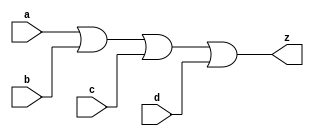
// This program was cloned from: https://github.com/siliconcompiler/lambdalib
// License: MIT License

//#############################################################################
//# Function: 4 Input Or Gate                                                 #
//# Copyright: Lambda Project Authors. All rights Reserved.                   #
//# License:  MIT (see LICENSE file in Lambda repository)                     #
//#############################################################################

module la_or4 #(
    parameter PROP = "DEFAULT"
) (
    input  a,
    input  b,
    input  c,
    input  d,
    output z
);

    assign z = a | b | c | d;

endmodule